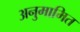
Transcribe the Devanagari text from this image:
अनुमामित